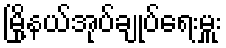
မြို့နယ်အုပ်ချုပ်ရေးမှူး